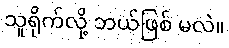
သူရိုက်လို့ ဘယ်ဖြစ် မလဲ။